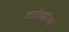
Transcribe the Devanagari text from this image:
टाटीझरिया